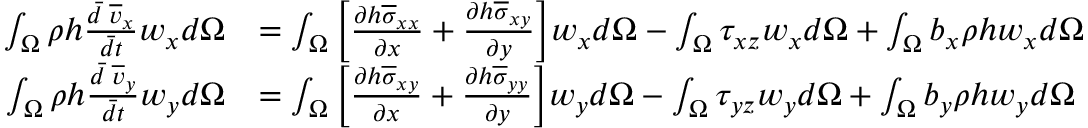
\begin{array} { r l } { \int _ { \Omega } \rho h \frac { \Bar { d } \; \overline { { v } } _ { x } } { \Bar { d t } } w _ { x } d \Omega } & { = \int _ { \Omega } \Big [ \frac { \partial h \overline { { \sigma } } _ { x x } } { \partial x } + \frac { \partial h \overline { { \sigma } } _ { x y } } { \partial y } \Big ] w _ { x } d \Omega - \int _ { \Omega } \tau _ { x z } w _ { x } d \Omega + \int _ { \Omega } b _ { x } \rho h w _ { x } d \Omega } \\ { \int _ { \Omega } \rho h \frac { \Bar { d } \; \overline { { v } } _ { y } } { \Bar { d t } } w _ { y } d \Omega } & { = \int _ { \Omega } \Big [ \frac { \partial h \overline { { \sigma } } _ { x y } } { \partial x } + \frac { \partial h \overline { { \sigma } } _ { y y } } { \partial y } \Big ] w _ { y } d \Omega - \int _ { \Omega } \tau _ { y z } w _ { y } d \Omega + \int _ { \Omega } b _ { y } \rho h w _ { y } d \Omega } \end{array}